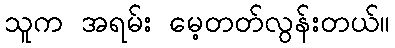
သူက အရမ်း မေ့တတ်လွန်းတယ်။